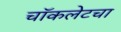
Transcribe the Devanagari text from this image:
चॉकलेटचा